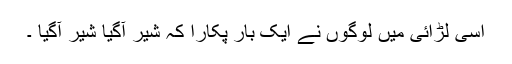
اسی لڑائی میں لوگوں نے ایک بار پکارا کہ شیر آگیا شیر آگیا ۔